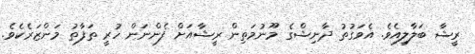
ރީޝާ ބަލާލިއެެވެ. އެވަގުތު ދާނިޝްގެ މޫނުމަތިން ރީޝާއަށް ފެންނަން ހުރީ ތަފާތު މަންޒަރެކެވެ.